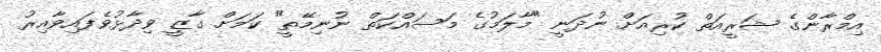
އިމްރާންގެ ޝަރީއަތް ކުރިއަށް ނުދަނީ "މާލަމުގެ މަސައްކަތް ނުނިމޭތީ" ކަމަށް ގާޒީ ވިދާޅުވެފައިވާއިރު